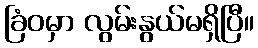
ခြံဝမှာ လွမ်းနွယ်မရှိပြီ။